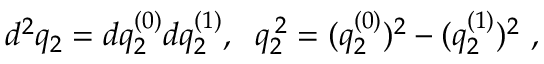
d ^ { 2 } q _ { 2 } = d q _ { 2 } ^ { ( 0 ) } d q _ { 2 } ^ { ( 1 ) } , \; \; q _ { 2 } ^ { \: 2 } = ( q _ { 2 } ^ { ( 0 ) } ) ^ { 2 } - ( q _ { 2 } ^ { ( 1 ) } ) ^ { 2 } ~ ,